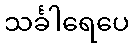
သင်္ခါရေပေ